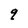
Character: 9